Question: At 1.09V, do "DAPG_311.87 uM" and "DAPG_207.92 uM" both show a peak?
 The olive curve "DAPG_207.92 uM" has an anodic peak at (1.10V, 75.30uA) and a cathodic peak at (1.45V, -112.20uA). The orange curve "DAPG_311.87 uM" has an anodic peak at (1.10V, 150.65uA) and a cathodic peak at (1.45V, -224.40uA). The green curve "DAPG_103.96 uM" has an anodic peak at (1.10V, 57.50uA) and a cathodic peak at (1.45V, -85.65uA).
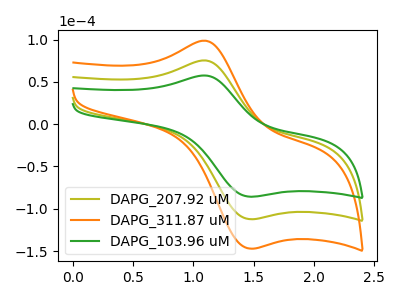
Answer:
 <answer>Yes, "DAPG_311.87 uM" and "DAPG_207.92 uM" share a peak at 1.09V.</answer>
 <eval>match</eval>